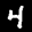
Label: 4